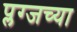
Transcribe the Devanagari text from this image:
प्लग्जच्या